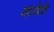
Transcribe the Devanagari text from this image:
खाडेचे